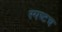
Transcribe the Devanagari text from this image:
स्पष्टच